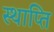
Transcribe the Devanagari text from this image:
स्थाप्ति